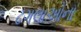
ઢગલાઓના